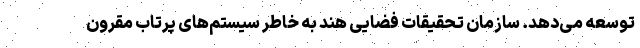
توسعه می‌دهد. سازمان تحقیقات فضایی هند به خاطر سیستم‌های پرتاب مقرون